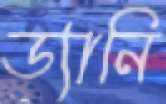
ড্যানি